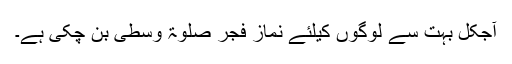
آجکل بہت سے لوگوں کیلئے نماز فجر صلٰوۃ وسطی بن چکی ہے۔